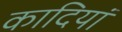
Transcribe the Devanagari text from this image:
कादियां